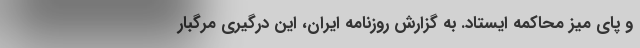
و پای میز محاکمه ایستاد. به گزارش روزنامه ایران، این درگیری مرگبار